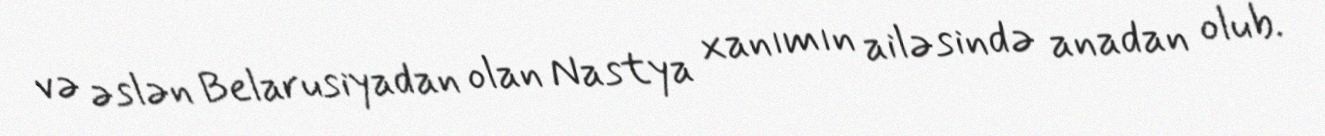
və əslən Belarusiyadan olan Nastya xanımın ailəsində anadan olub.